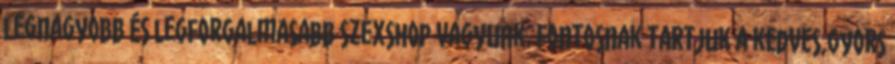
legnagyobb és legforgalmasabb szexshop vagyunk. Fontosnak tartjuk a kedves,gyors